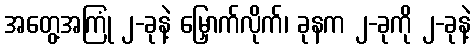
အတွေ့အကြုံ ၂-ခုနဲ့ မြှောက်လိုက်၊ ခုနက ၂-ခုကို ၂-ခုနဲ့